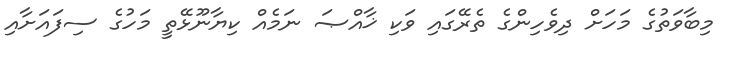
މިބާވަތުގެ މަހަށް ދިވެހިންގެ ތެރޭގައި ވަކި ޚާއްޞަ ނަމެއް ކިޔާނޫޅޭތީ މަހުގެ ސިފައަށާއި